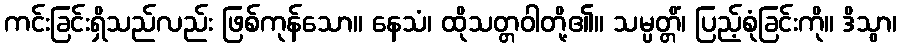
ကင်းခြင်းရှိသည်လည်း ဖြစ်ကုန်သော။ နေသံ၊ ထိုသတ္တဝါတို့၏။ သမ္ပတ္တိံ၊ ပြည့်စုံခြင်းကို။ ဒိသွာ၊